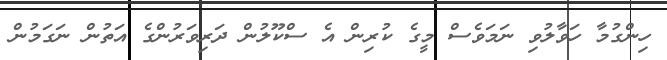
ހިންގުމާ ހަވާލުވި ނަމަވެސް މީގެ ކުރިން އެ ސްކޫލުން ދަރިވަރުންގެ އަތުން ނަގަމުން